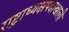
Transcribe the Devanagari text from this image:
राष्ट्राध्यक्षपदाखाली